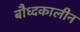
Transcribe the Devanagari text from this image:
बौध्दकालीन